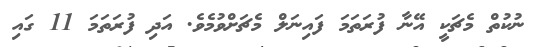
ނުކުތް މެޗަކީ އޭނާ ފުރަތަމަ ފައިނަލް މެޗަށްވުމެވެ. އަދި ފުރަތަމަ 11 ގައި